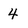
Character: 4